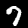
Label: 7